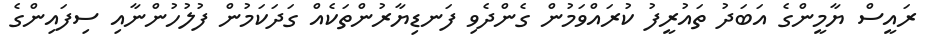
ރައީސް ޔާމީންގެ އަބަދު ތައުރީފު ކުރައްވަމުން ގެންދެވި ފަނޑިޔާރުންތަކެއް ގަދަކަމުން ފުލުހުންނާއި ސިފައިންގެ